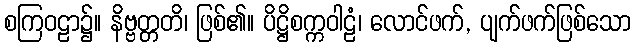
စကြဝဠာ၌။ နိဗ္ဗတ္တတိ၊ ဖြစ်၏။ ပိဋ္ဌိစက္ကဝါဠံ၊ လောင်ဖက်, ပျက်ဖက်ဖြစ်သော